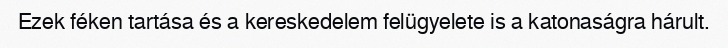
Ezek féken tartása és a kereskedelem felügyelete is a katonaságra hárult.